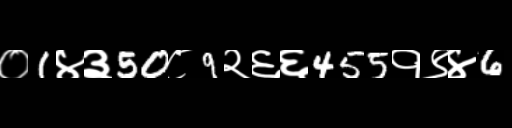
Text: ०1४३50८9२६६455१९४6